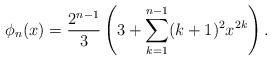
LaTeX: \begin{align*}\phi_n(x) = \frac{2^{n-1}}{3} \left(3+\sum_{k=1}^{n-1} (k+1)^2 x^{2k}\right).\end{align*}